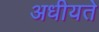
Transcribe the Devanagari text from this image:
अधीयते